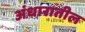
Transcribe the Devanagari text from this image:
अंधारातील